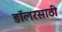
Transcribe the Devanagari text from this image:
डॉलरसाठी